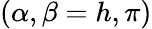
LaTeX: (\alpha,\beta=h,\pi)